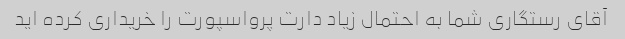
آقای رستگاری شما به احتمال زیاد دارت پرواسپورت را خریداری کرده اید